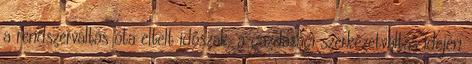
a rendszerváltás óta eltelt időszak, a gazdasági szerkezetváltás idején